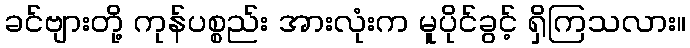
ခင်ဗျားတို့ ကုန်ပစ္စည်း အားလုံးက မူပိုင်ခွင့် ရှိကြသလား။